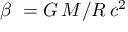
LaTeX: \beta \ = G \, M / R \, { c } ^ { 2 }